Civil Veterinary Dept. Bombay admin report 1914-1922 - 1914-1922
Year: 1914
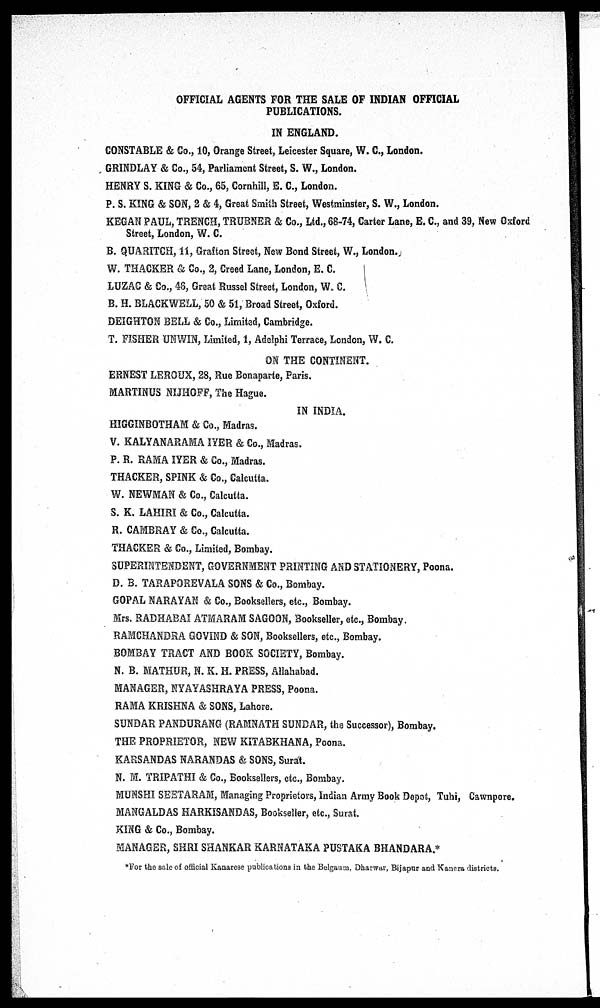
OFFICIAL AGENTS FOR THE SALE OF INDIAN OFFICIAL
PUBLICATIONS.
IN ENGLAND.
CONSTABLE & Co., 10, Orange Street, Leicester Square, W. C., London.
GRINDLAY & Co., 54, Parliament Street, S. W., London.
HENRY S. KING & Co., 65, Cornhill, E. C., London.
P. S. KING & SON, 2 & 4, Great Smith Street, Westminster, S. W., London.
KEGAN PAUL, TRENCH, TRUBNER & Co., Ltd., 68-74, Carter Lane, E. C, and 39, New Oxford
Street, London, W. C.
B. QUARITCH, 11, Grafton Street, New Bond Street, W., London.
W. THACKER & Co., 2, Creed Lane, London, E. C.
LUZAC & Co., 46, Great Russel Street, London, W. C.
B. H. BLACKWELL, 50 & 51, Broad Street, Oxford.
DEIGHTON BELL & Co., Limited, Cambridge.
T. FISHER UNWIN, Limited, 1, Adelphi Terrace, London, W. C.
ON THE CONTINENT.
ERNEST LEROUX, 28, Rue Bonaparte, Paris.
MARTINUS NIJHOFF, The Hague.
IN INDIA.
HIGGINBOTHAM & Co., Madras.
V. KALYANARAMA IYER & Co., Madras.
P. R. RAMA IYER & Co., Madras.
THACKER, SPINK & Co., Calcutta.
W. NEWMAN & Co., Calcutta.
S. K. LAHIRI & Co., Calcutta.
R. CAMBRAY & Co., Calcutta.
THACKER & Co., Limited, Bombay.
SUPERINTENDENT, GOVERNMENT PRINTING AND STATIONERY, Poona.
D. B. TARAPOREVALA SONS & Co., Bombay.
GOPAL NARAYAN & Co., Booksellers, etc., Bombay.
Mrs. RADHABAI ATMARAM SAGOON, Bookseller, etc., Bombay.
RAMCHANDRA GOVIND & SON, Booksellers, etc., Bombay.
BOMBAY TRACT AND BOOK SOCIETY, Bombay.
N. B. MATHUR, N. K. H. PRESS, Allahabad.
MANAGER, NYAYASHRAYA PRESS, Poona.
RAMA KRISHNA & SONS, Lahore.
SUNDAR PANDURANG (RAMNATH SUNDAR, the Successor), Bombay.
THE PROPRIETOR, NEW KITABKHANA, Poona.
KARSANDAS NARANDAS & SONS, Surat.
N. M. TRIPATHI & Co., Booksellers, etc., Bombay.
MUNSHI SEETARAM, Managing Proprietors, Indian Army Book Depot, Tuhi, Cawnpore.
MANGALDAS HARKISANDAS, Bookseller, etc., Surat.
KING & Co., Bombay.
MANAGER, SHRI SHANKAR KARNATAKA PUSTAKA BHANDARA.*
*For the sale of official Kanarese publications in the Belgaum, Dharwar. Bijapur and Kanera districts.